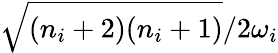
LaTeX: {\sqrt{(n_{i}+2)(n_{i}+1)}}/{2\omega_{i}}